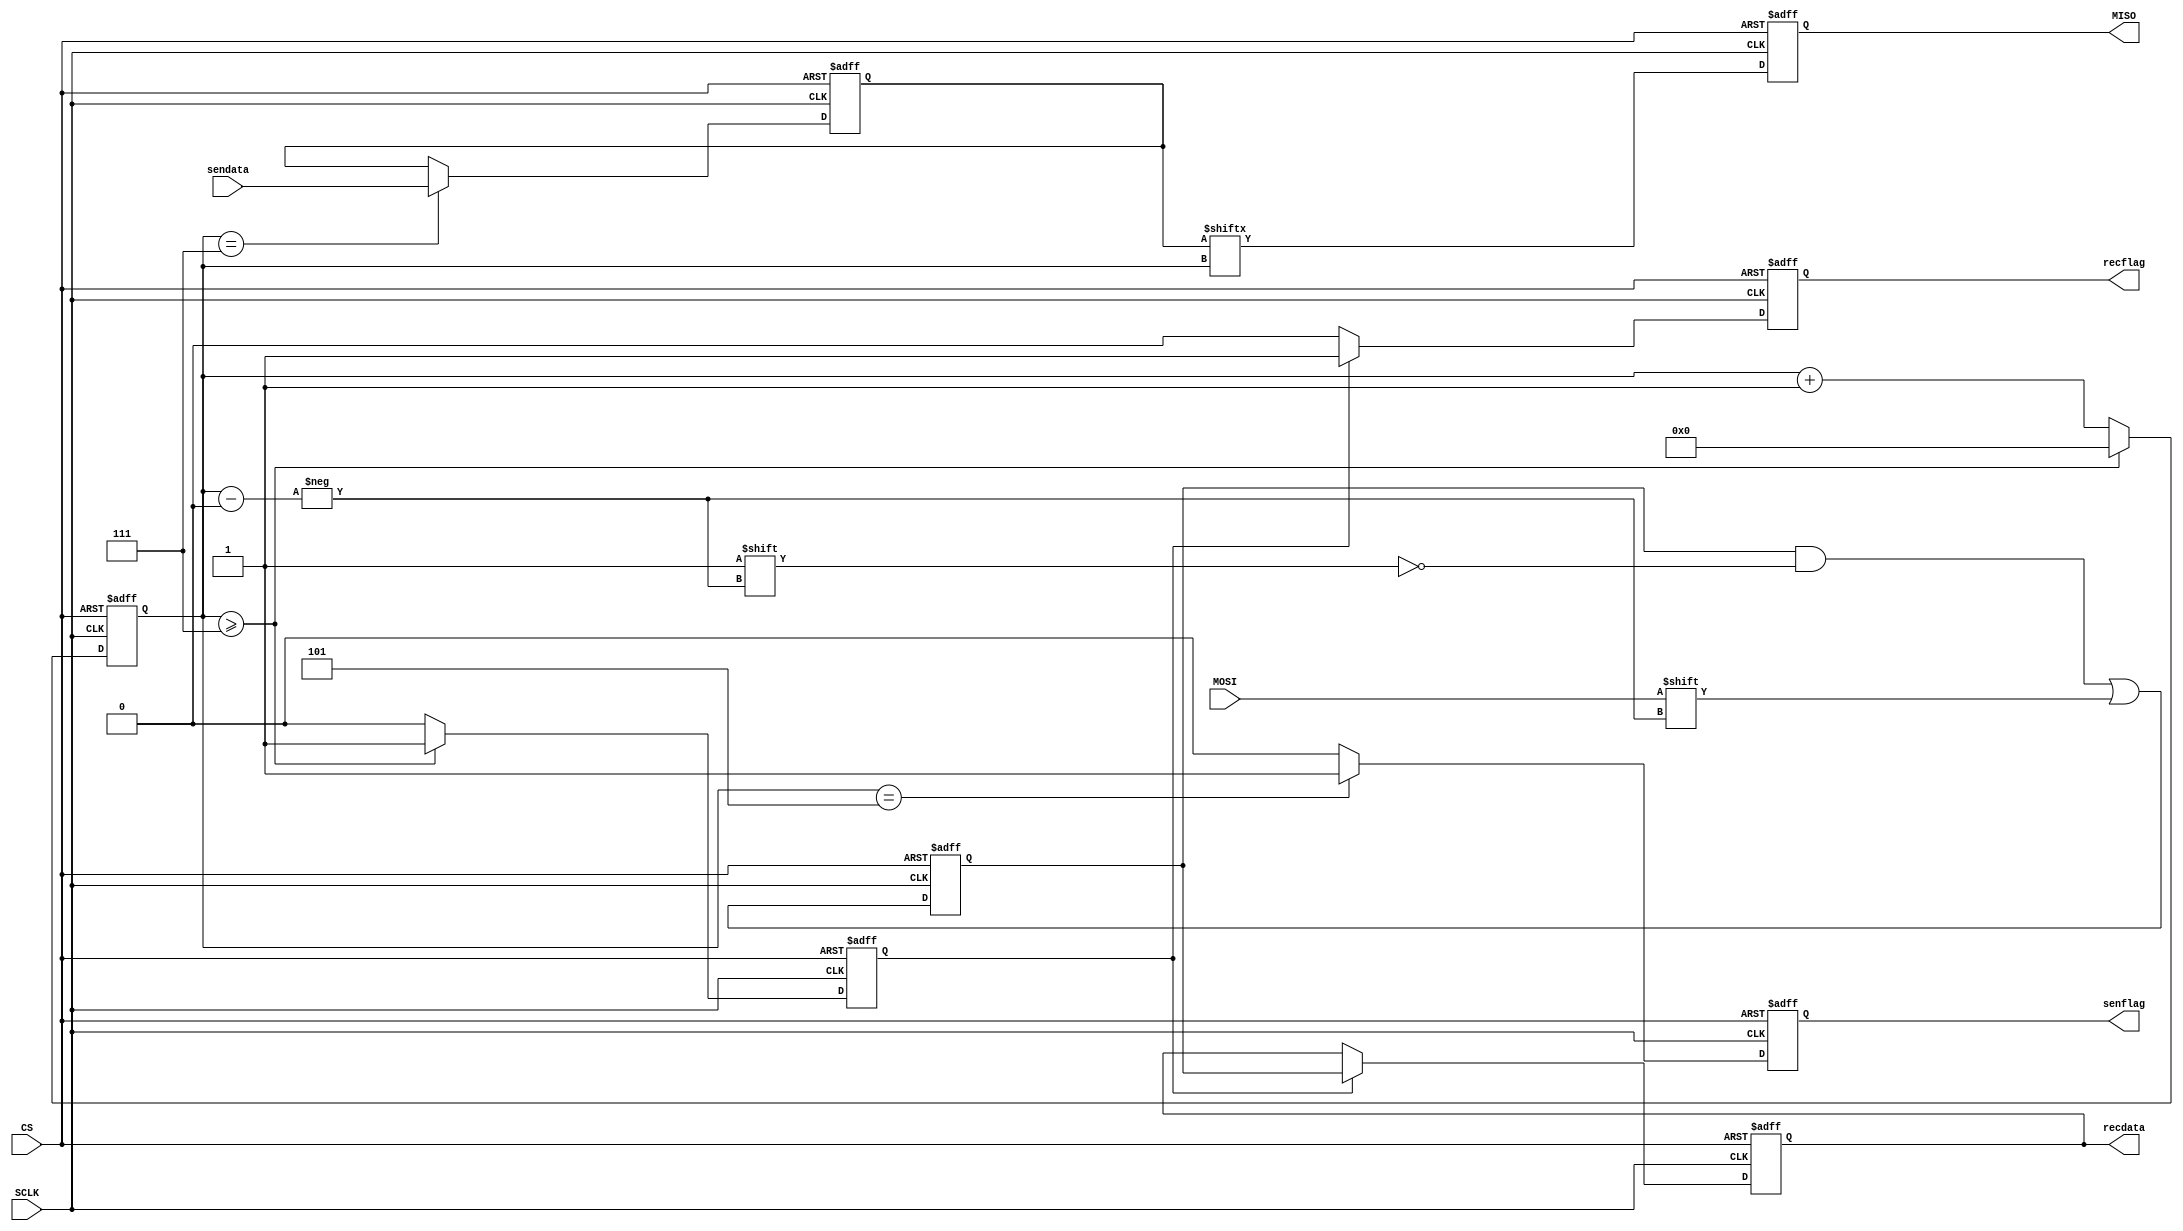
`timescale 1ns / 1ps
//////////////////////////////////////////////////////////////////////////////////
// Company: 
// Engineer: 
// 
// Design Name: 
// Module Name:    SPI_Module 
// Project Name: 
// Target Devices: 
// Tool versions: 
// Description: 
//
// Dependencies: 
//
// Revision: 
// Revision 0.01 - File Created
// Additional Comments: 
//
//////////////////////////////////////////////////////////////////////////////////
module SPI_Module(
	input 	wire				SCLK,
	output	reg				MISO,
	input		wire				CS,
	input		wire				MOSI,
	
	output   reg 	[7:0]    recdata,
	output	reg				recflag,
	
	input		wire	[7:0]		sendata,
	output	reg				senflag
				
    );

reg 				[3:0]					cnt_bit;
reg				[7:0]					rec_buff;
reg				[7:0]					sen_buff;

reg    									recendf;//				

//
always @(negedge SCLK,posedge CS) begin
	if(CS == 1'b1) begin
		rec_buff <= 8'h00;
	end
	else begin
		rec_buff[cnt_bit] <= MOSI;
		//$display("MOSI= %h",MOSI);
	end
end

//
always @(negedge SCLK,posedge CS) begin
	if(CS == 1'b1) begin
		cnt_bit <= 4'd0;
		recendf <= 1'b0;
	end
	else if (cnt_bit >= 4'd7) begin
		cnt_bit <= 4'd0;
		recendf <= 1'b1;
	end
	else begin
		cnt_bit <= cnt_bit + 4'd1;
		recendf <= 1'b0;
	end
end

//
always @(posedge SCLK,posedge CS) begin
	if(CS == 1'b1) begin
		recflag <= 1'b0;
		recdata <= 8'b0;
	end
	else if(recendf == 1'b1) begin
		recflag <= 1'b1;
		recdata <= rec_buff;
		//$display("spi get = %h",rec_buff);
	end
	else begin
		recflag <= 1'b0;
		//recdata <= 8'b0;
	end
end

//
always @(posedge SCLK,posedge CS) begin
	if(CS == 1'b1) begin
		MISO <= 1'b1;
	end
	else begin
		MISO <= sen_buff[cnt_bit];
		//$display("sen_pin=%h",sen_buff[cnt_bit]);
	end
end

//
always @(posedge SCLK,posedge CS) begin
	if(CS == 1'b1) begin
		senflag <= 1'b0;
	end
	else if(cnt_bit == 4'd5) begin
		senflag <= 1'b1;
	end
	else begin
		senflag <= 1'b0;
	end
end

always @(posedge SCLK,posedge CS) begin
	if(CS == 1'b1) begin
		sen_buff <= 8'hff;
	end
	else if(cnt_bit == 4'd7) begin
		sen_buff <= sendata;
		//$display("sen_buff=%h",sendata);
	end
end

endmodule